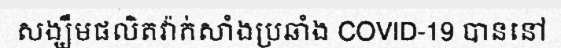
សង្ឃឹមផលិតវ៉ាក់សាំងប្រឆាំង COVID-19 បាននៅ